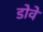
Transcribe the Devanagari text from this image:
डोवे